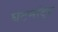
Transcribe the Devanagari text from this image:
घटनांदूर